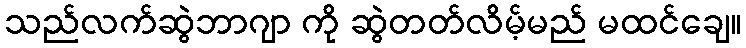
သည်လက်ဆွဲဘာဂျာ ကို ဆွဲတတ်လိမ့်မည် မထင်ချေ။